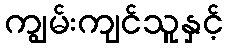
ကျွမ်းကျင်သူနှင့်